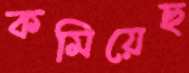
কমিয়েছ